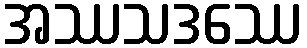
အဿသဒဿေ